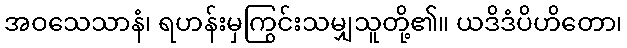
အဝသေသာနံ၊ ရဟန်းမှကြွင်းသမျှသူတို့၏။ ယဒိဒံပိဟိတော၊